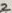
Text: 2